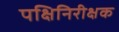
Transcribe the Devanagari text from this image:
पक्षिनिरीक्षक